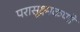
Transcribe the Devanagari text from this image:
परासूक्ष्मकणों